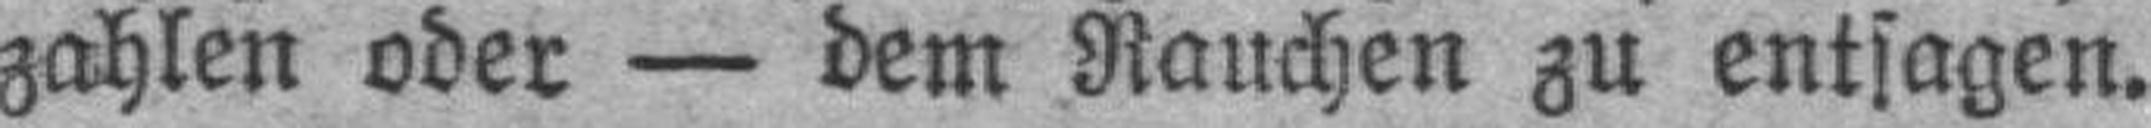
zahlen oder — dem Rauchen zu entsagen.